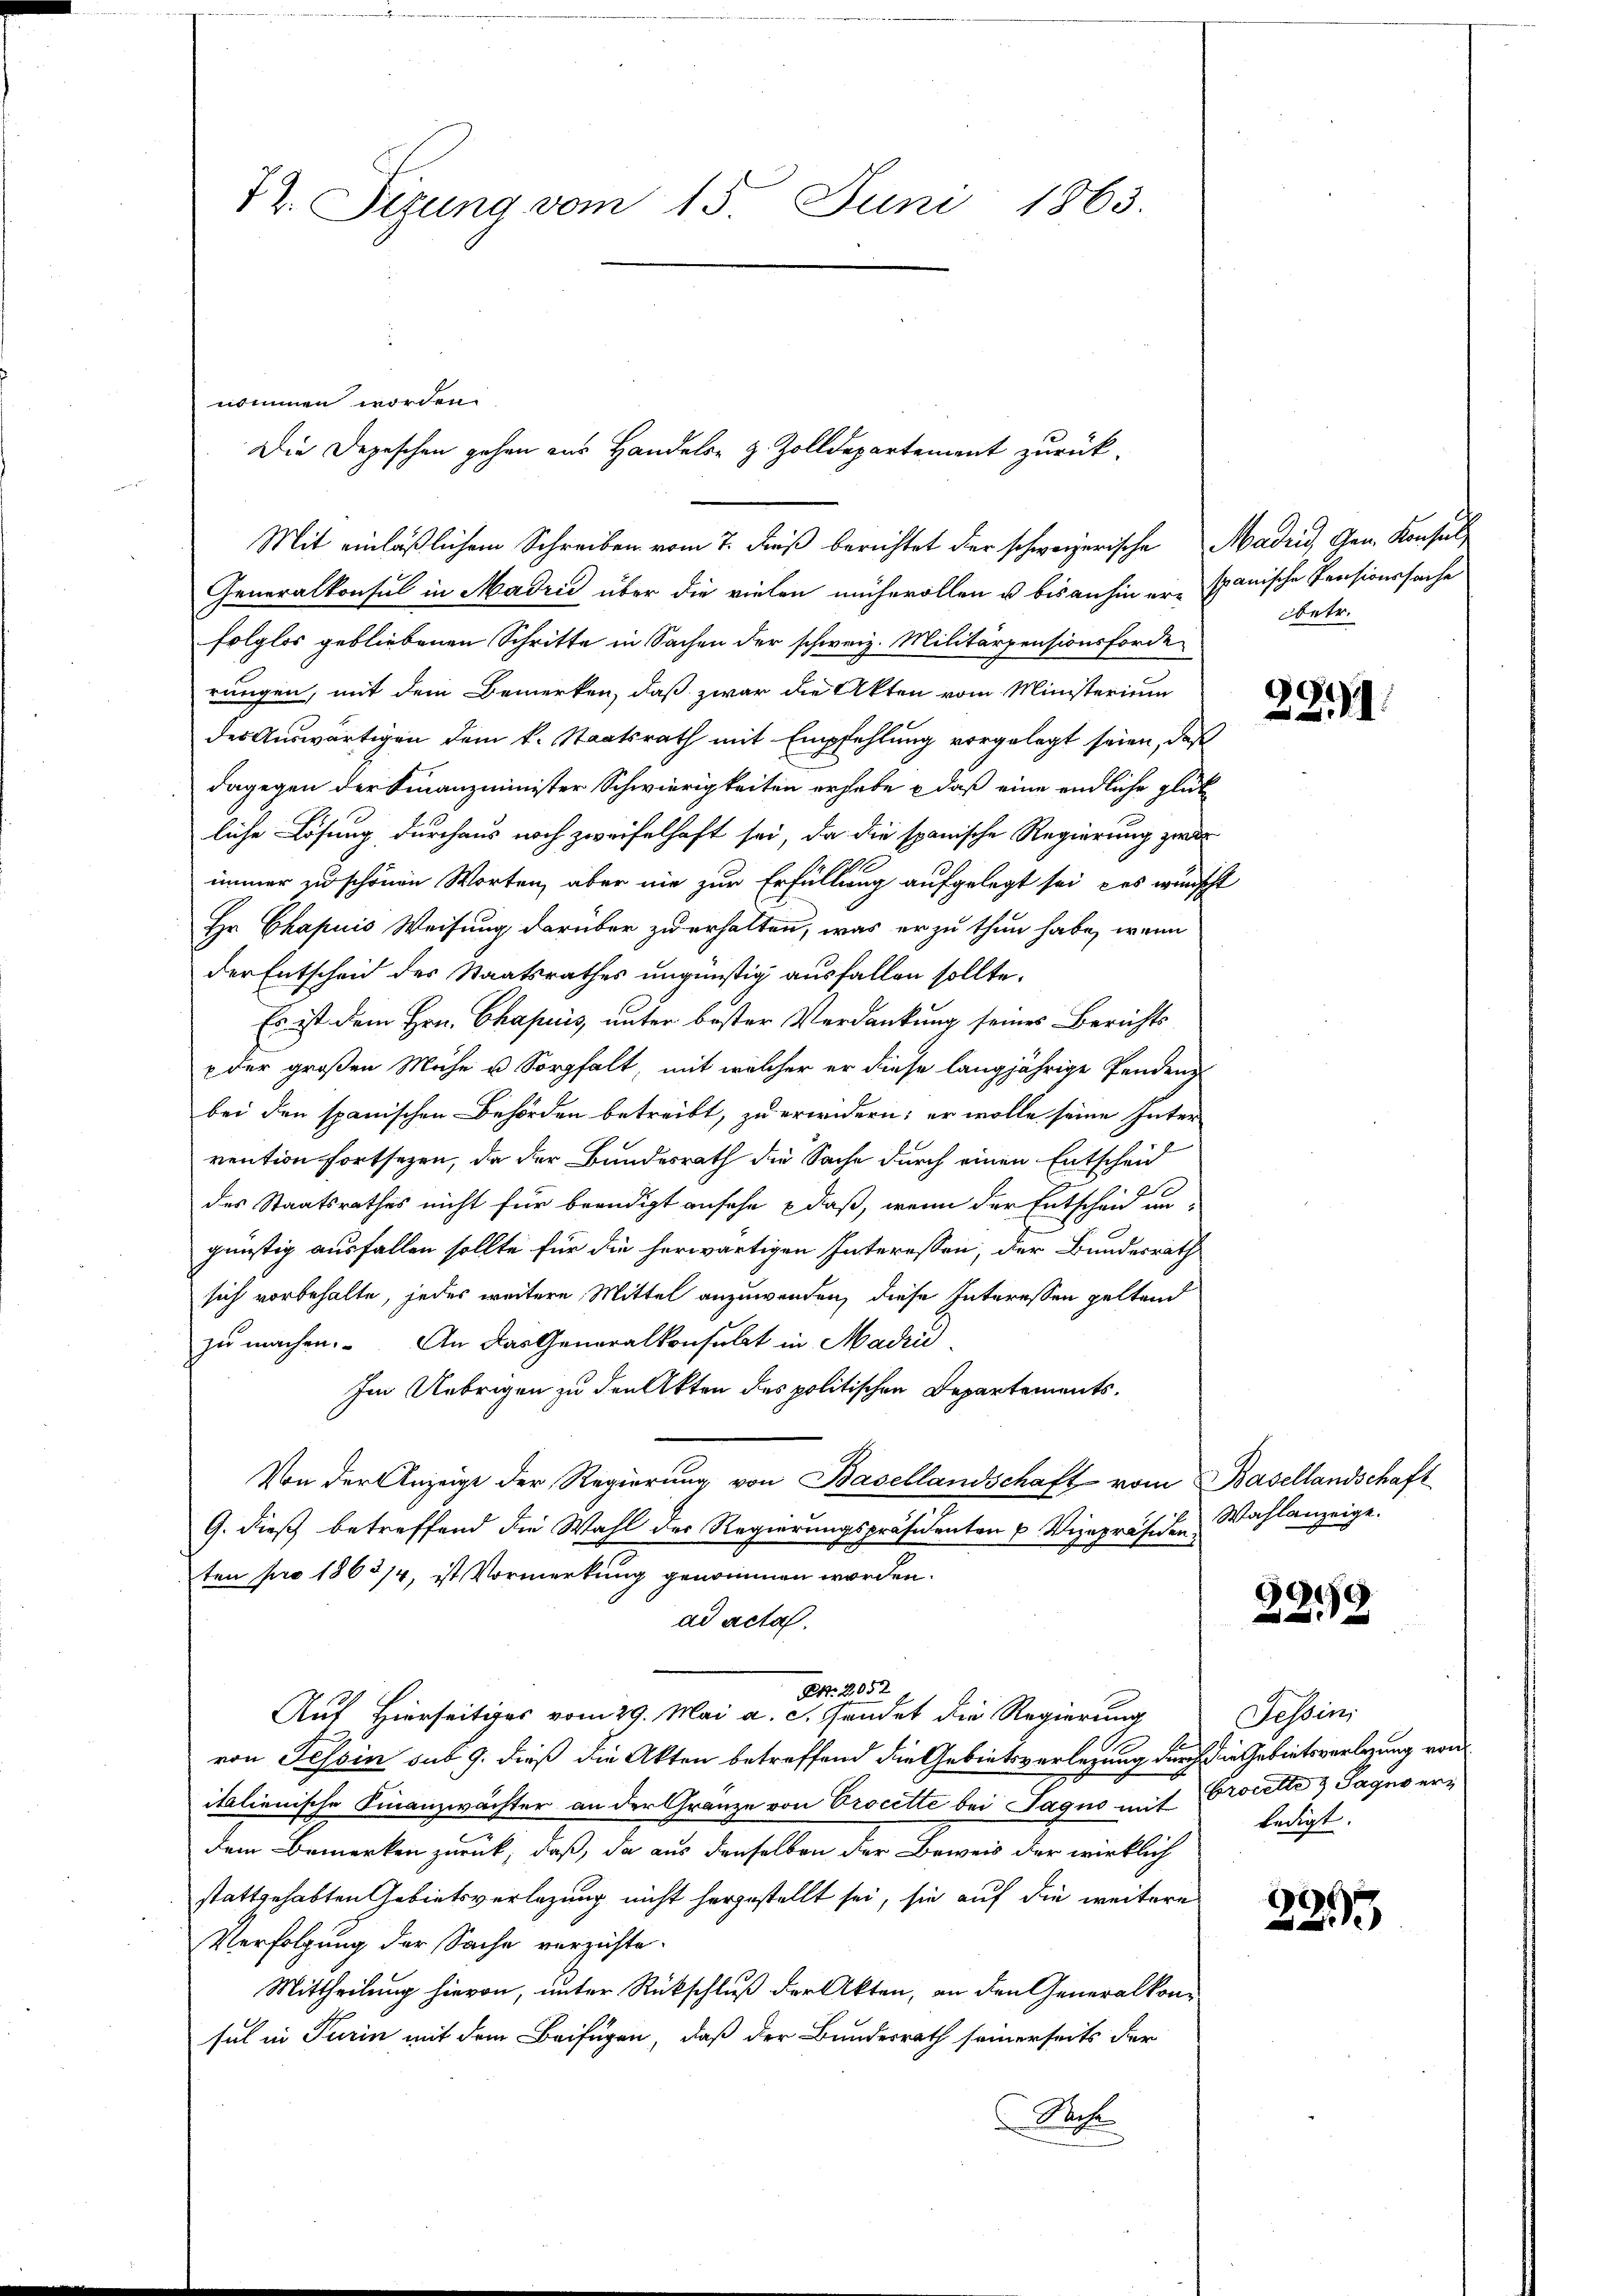
72. Sizung vom 15. Juni 1863.

nommen worden.
Die Depeschen gehen aus Handels z. Zolldepartement zurück¬

Mit einläßlichem Schreiben vom 7. dieß berichtet der schweizerische Madrid, Gen. Konsul
Generalkonsul in Madrić über die vielen mühevollen u bis anhin erspanische Pensionssache
folglos gebliebenen Schritte in Sachen der schweiz. Militärpensionsforde
rungen, mit dem Bemerken, daß zwar die Akten vom Ministerium
der Auswärtigen dem k. Staatsrath mit Empfehlung vorgelegt seien, daß
dagegen der Finanzminister Schwierigkeiten erhabe – daß eine endliche glückliche Lösung durchaus noch zweifelhaft sei, da die spanische Regierung zwar
immer zu schönen Worten, aber nie zur Erfüllung aufgelegt sei, das wünscht
Hr. Chapuis Weisung darüber zu erhalten, was er zu thun habe, wenn
der Entscheid des Staatsrathes ungünstig ausfallen sollte.
Es ist dem Hrn. Chapuis, unter bester Verdankung seines Berichts-
x der großen Mühe u. Sorgfalt, mit welcher er diese langjährige Pendend
bei den spanischen Behörden betreibt, zu erwidern; er wolle seine Inter
rention fortsezen, da der Bundesrath die Sache durch einen Entscheid
e
des Staatsrathes nicht für beendigt ansehe daß, wenn der Entscheid un
günstig ausfallen sollte für die herwärtigen Interessen, der Bundesräth
sich vorbehalte, jedes weitere Mittel anzuwenden, diese Interessen geltend
zu machen. An das Generalkonsulat in Madri-
Im Uebrigen zu den Akten des politischen Departements¬
Von der Anzeige der Regierung von Basellandschaft vom Basellandschaft
G. dieß betreffend die Wahl der Regierungspräsidenten u Vizepräsidenten pro 1863/4, ist Vormerkung genommen worden.
ad acta.
Pkt. 2052
Auf Hierseitiges vom 29. Mai a. c. sendet die Regierung
von Tessin sub 9. dieß die Akten betreffend die Gebietsverlegung durch die Gebietsverlegung von
italienische Finanzwächter an der Gränze von Procette bei Jagus mit Procette & Sages erdem Bemerken zurück, daß, da aus denselben der Beweis der wirklich
stattgehabten Gebietsverlegung nicht herzustellt sei, sie auf die weitere
Verfolgung der Sache verzichte.
Mittheilung hievon, unter Rückschluß der Akten, an den Generalkon-
sul in Turin mit dem Beifügen, daß der Bundesrath seinerseits der
Sache

Obetr.

221.

Wahlanzeige.

2259

Tessini
ledigt.

¬
e